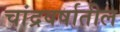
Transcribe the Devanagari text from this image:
चांद्रवर्षातील